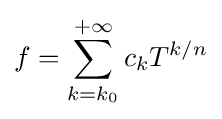
f=\sum _{k=k_{0}}^{+\infty }c_{k}T^{k/n}